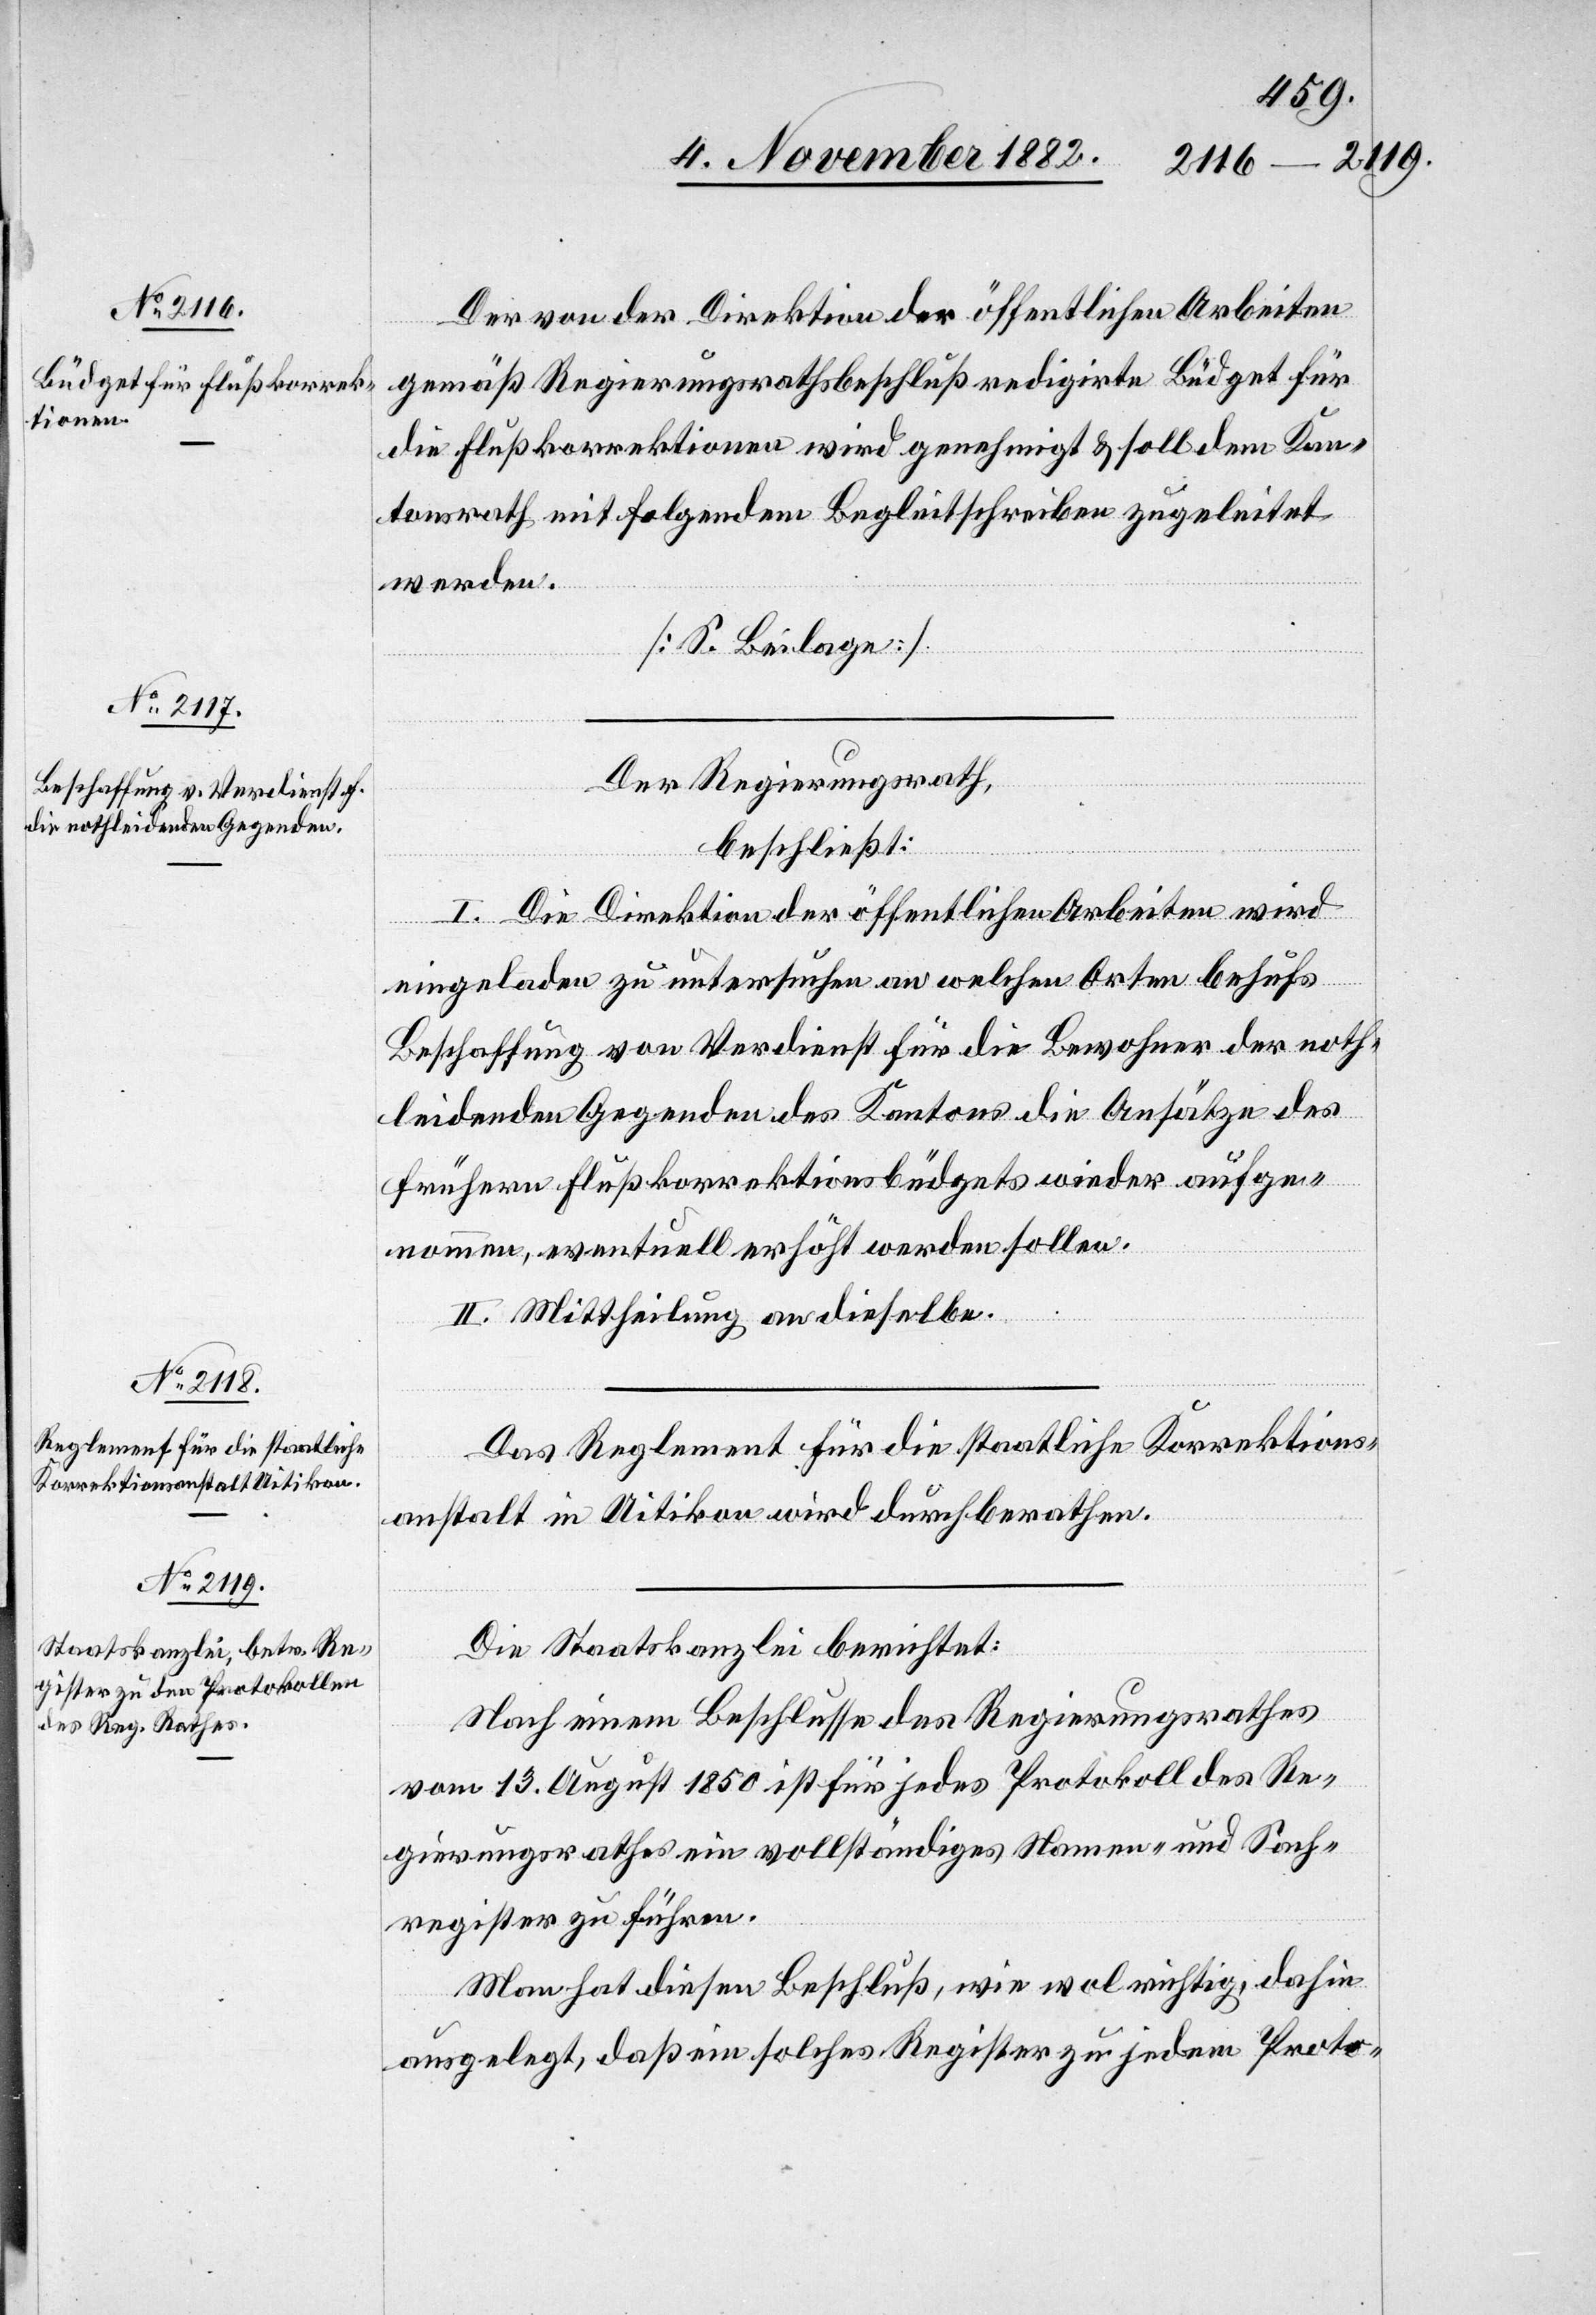
Der von der Direktion der öffentlichen Arbeiten
gemäß Regierungsrathsbeschluß redigirte Büdget für
die Flußkorrektionen wird genehmigt & soll dem Kan¬
tonsrath mit folgendem Begleitschreiben zugeleitet
werden.
[S. Beilage]
Der Regierungsrath,
beschließt:
I. Die Direktion der öffentlichen Arbeiten wird
eingeladen zu untersuchen an welchen Orten behufs
Beschaffung von Verdienst für die Bewohner der noth¬
leidenden Gegenden des Kantons die Ansätze des
frühern Flußkorrektionsbüdgets wieder aufge¬
nommen, eventuell erhöht werde sollen.
II. Mittheilung an dieselben.
Das Reglement für die staatliche Korrektions¬
anstalt in Uitikon wird durchberathen.
Die Staatskanzlei berichtet:
Nach einem Beschlusse des Regierungsrathes
vom 13. August 1850 ist für jedes Protokoll des Re¬
gierungsrathes ein vollständiges Namen-und Sach¬
register zu führen.
Man hat diesen Beschluß, wie wol richtig, dahin
ausgelegt, daß ein solches Register zu jedem Proto-